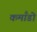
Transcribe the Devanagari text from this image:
कमाँडो